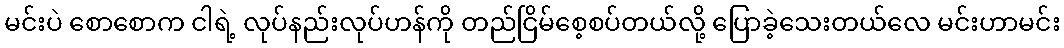
မင်းပဲ စောစောက ငါရဲ့ လုပ်နည်းလုပ်ဟန်ကို တည်ငြိမ်စေ့စပ်တယ်လို့ ပြောခဲ့သေးတယ်လေ မင်းဟာမင်း